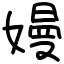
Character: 嫚